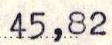
45,82